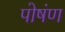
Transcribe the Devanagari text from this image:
पोषंण